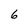
Character: 6